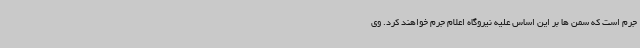
جرم است که سمن ها بر این اساس علیه نیروگاه اعلام جرم خواهند کرد. وی